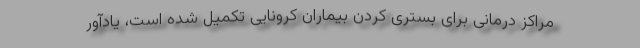
مراکز درمانی برای بستری کردن بیماران کرونایی تکمیل شده است، یادآور